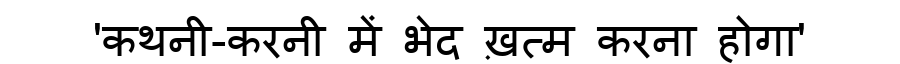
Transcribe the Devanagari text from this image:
'कथनी-करनी में भेद ख़त्म करना होगा'